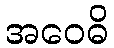
အဝေဓိ